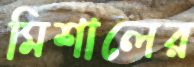
মিশালের